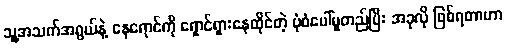
သူ့အသက်အရွယ်နဲ့ နေရောင်ကို ရှောင်ရှားနေထိုင်တဲ့ ပုံစံပေါ်မူတည်ပြီး အခုလို ဖြစ်ရတာဟာ